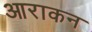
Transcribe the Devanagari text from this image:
आराकन